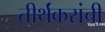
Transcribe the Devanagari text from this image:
तीर्थंकरांची